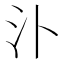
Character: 𣱶